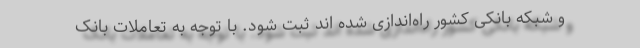
و شبکه بانکی کشور راه‌اندازی شده اند ثبت شود. با توجه به تعاملات بانک